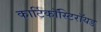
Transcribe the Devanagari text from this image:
कार्टिकॉस्टिरॉयड